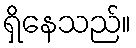
ရှိနေသည်။